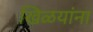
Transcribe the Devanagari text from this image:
खिळयांना